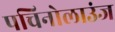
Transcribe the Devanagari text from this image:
पचिनोलाउंज